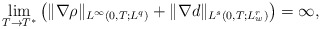
\begin{align*}\underset{T \rightarrow T^*}{\lim}\left(\|\nabla \rho\|_{L^\infty(0,T;L^q)}+\|\nabla d\|_{L^{s}(0,T;L_w^{r})}\right)=\infty,\end{align*}